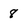
Character: 8